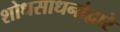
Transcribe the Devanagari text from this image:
शोधसाधनांद्वारे